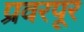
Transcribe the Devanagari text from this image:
प्रवरपूर